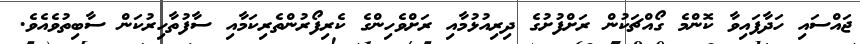
ޖައްސައި ހަދާފައިވާ ކޮންމެ ގޯއްޗަކުން ރަށްފުށުގެ ދިރިއުޅުމާއި ރަށްވެހިންގެ ކެރިފޯރުންތެރިކަމާއި ސާފުތާހިރުކަން ސާބިތުވެއެވެ.